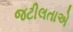
જટીલતાએ